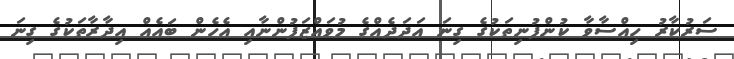
ސަރުކާރު ހިއްސާވާ ކުންފުނިތަކުގެ ގިނަ އަދަދެއްގެ މުވައްޒަފުންނާއި އެހެން ބައެއް އިދާރާތަކުގެ ގިނަ